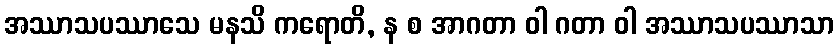
အဿာသပဿာသေ မနသိ ကရောတိ, န စ အာဂတာ ဝါ ဂတာ ဝါ အဿာသပဿာသာ